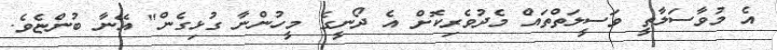
އެ މުވާސަލާތީ ވަސީލަތްތައް މެދުވެރިކޮށް އެ ދޯނީގެ މީހުންނާ ގުޅިގެން" އޭނާ ބުންޏެވެ.